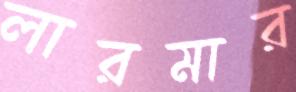
লারমার